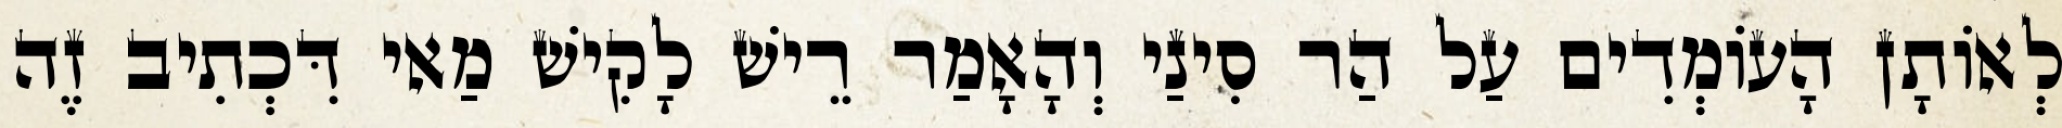
לְאוֹתָן הָעוֹמְדִים עַל הַר סִינַי וְהָאָמַר רֵישׁ לָקִישׁ מַאי דִּכְתִיב זֶה